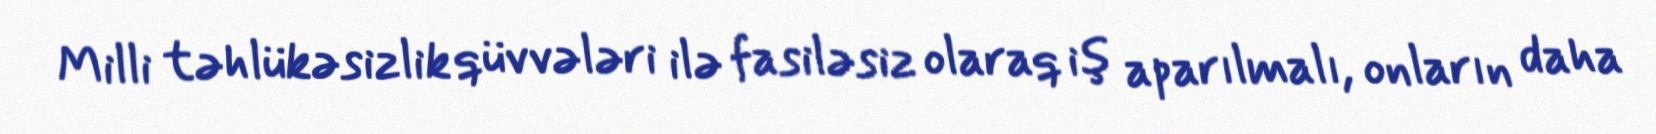
Milli təhlükəsizlik qüvvələri ilə fasiləsiz olaraq iş aparılmalı, onların daha